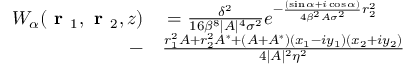
\begin{array} { r l } { W _ { \alpha } ( \textbf { r } _ { 1 } , \textbf { r } _ { 2 } , z ) } & { { } = \frac { \delta ^ { 2 } } { 1 6 \beta ^ { 8 } \lvert A \rvert ^ { 4 } \sigma ^ { 2 } } e ^ { - \frac { ( \sin { \alpha } + i \cos { \alpha } ) } { 4 \beta ^ { 2 } A \sigma ^ { 2 } } r _ { 2 } ^ { 2 } } } \\ { - } & { { } \frac { r _ { 1 } ^ { 2 } A + r _ { 2 } ^ { 2 } A ^ { * } + ( A + A ^ { * } ) ( x _ { 1 } - i y _ { 1 } ) ( x _ { 2 } + i y _ { 2 } ) } { 4 \lvert A \rvert ^ { 2 } \eta ^ { 2 } } } \end{array}